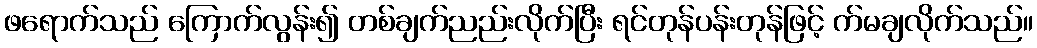
ဖရောက်သည် ကြောက်လွန်း၍ တစ်ချက်ညည်းလိုက်ပြီး ရင်တုန်ပန်းတုန်ဖြင့် က်မချလိုက်သည်။